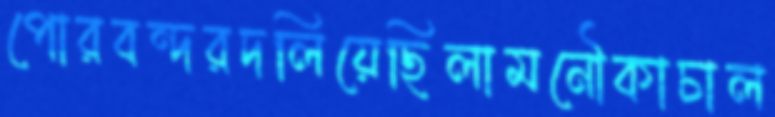
পোরবন্দরদলিয়েছিলামনৌকাচাল